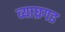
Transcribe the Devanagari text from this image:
व्याघ्रगड